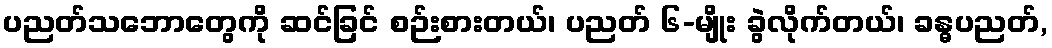
ပညတ်သဘောတွေကို ဆင်ခြင် စဉ်းစားတယ်၊ ပညတ် ၆-မျိုး ခွဲလိုက်တယ်၊ ခန္ဓပညတ်,